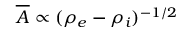
\overline { { A } } \propto ( \rho _ { e } - \rho _ { i } ) ^ { - 1 / 2 }